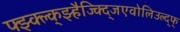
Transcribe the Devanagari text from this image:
फ्झ्क्ल्क्झ्हैज्क्द्जिएवोलिउल्द्फ्